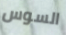
السوس